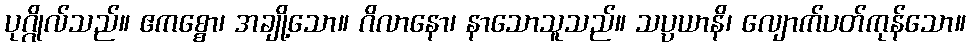
ပုဂ္ဂိုလ်သည်။ ဧကစ္စော၊ အချို့သော။ ဂိလာနော၊ နာသောသူသည်။ သပ္ပယာနိ၊ လျောက်ပတ်ကုန်သော။